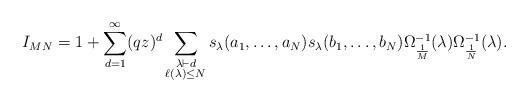
LaTeX: \begin{align*}I_{MN} = 1 + \sum_{d=1}^\infty (qz)^d \sum_{\substack{\lambda \vdash d \\ \ell(\lambda) \leq N}}s_\lambda(a_1,\dots,a_N)s_\lambda(b_1,\dots,b_N) \Omega_{\frac{1}{M}}^{-1}(\lambda) \Omega_{\frac{1}{N}}^{-1}(\lambda).\end{align*}